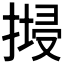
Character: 𢱷